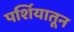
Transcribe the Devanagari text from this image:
पर्शियातून